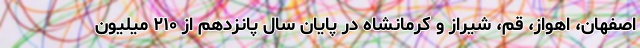
اصفهان، اهواز، قم، شیراز و کرمانشاه در پایان سال پانزدهم از ۲۱۰ میلیون